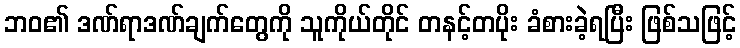
ဘဝ၏ ဒဏ်ရာဒဏ်ချက်တွေကို သူကိုယ်တိုင် တနင့်တပိုး ခံစားခဲ့ရပြီး ဖြစ်သဖြင့်